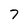
Character: 7